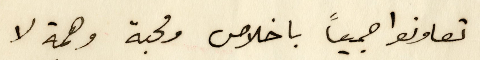
تعاونوا جميعًا باخلاص ومحبة وهمة لا